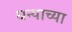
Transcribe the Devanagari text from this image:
धन्याच्या